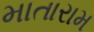
માતારામ